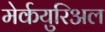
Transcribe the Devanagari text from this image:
मेर्कयुरिअल